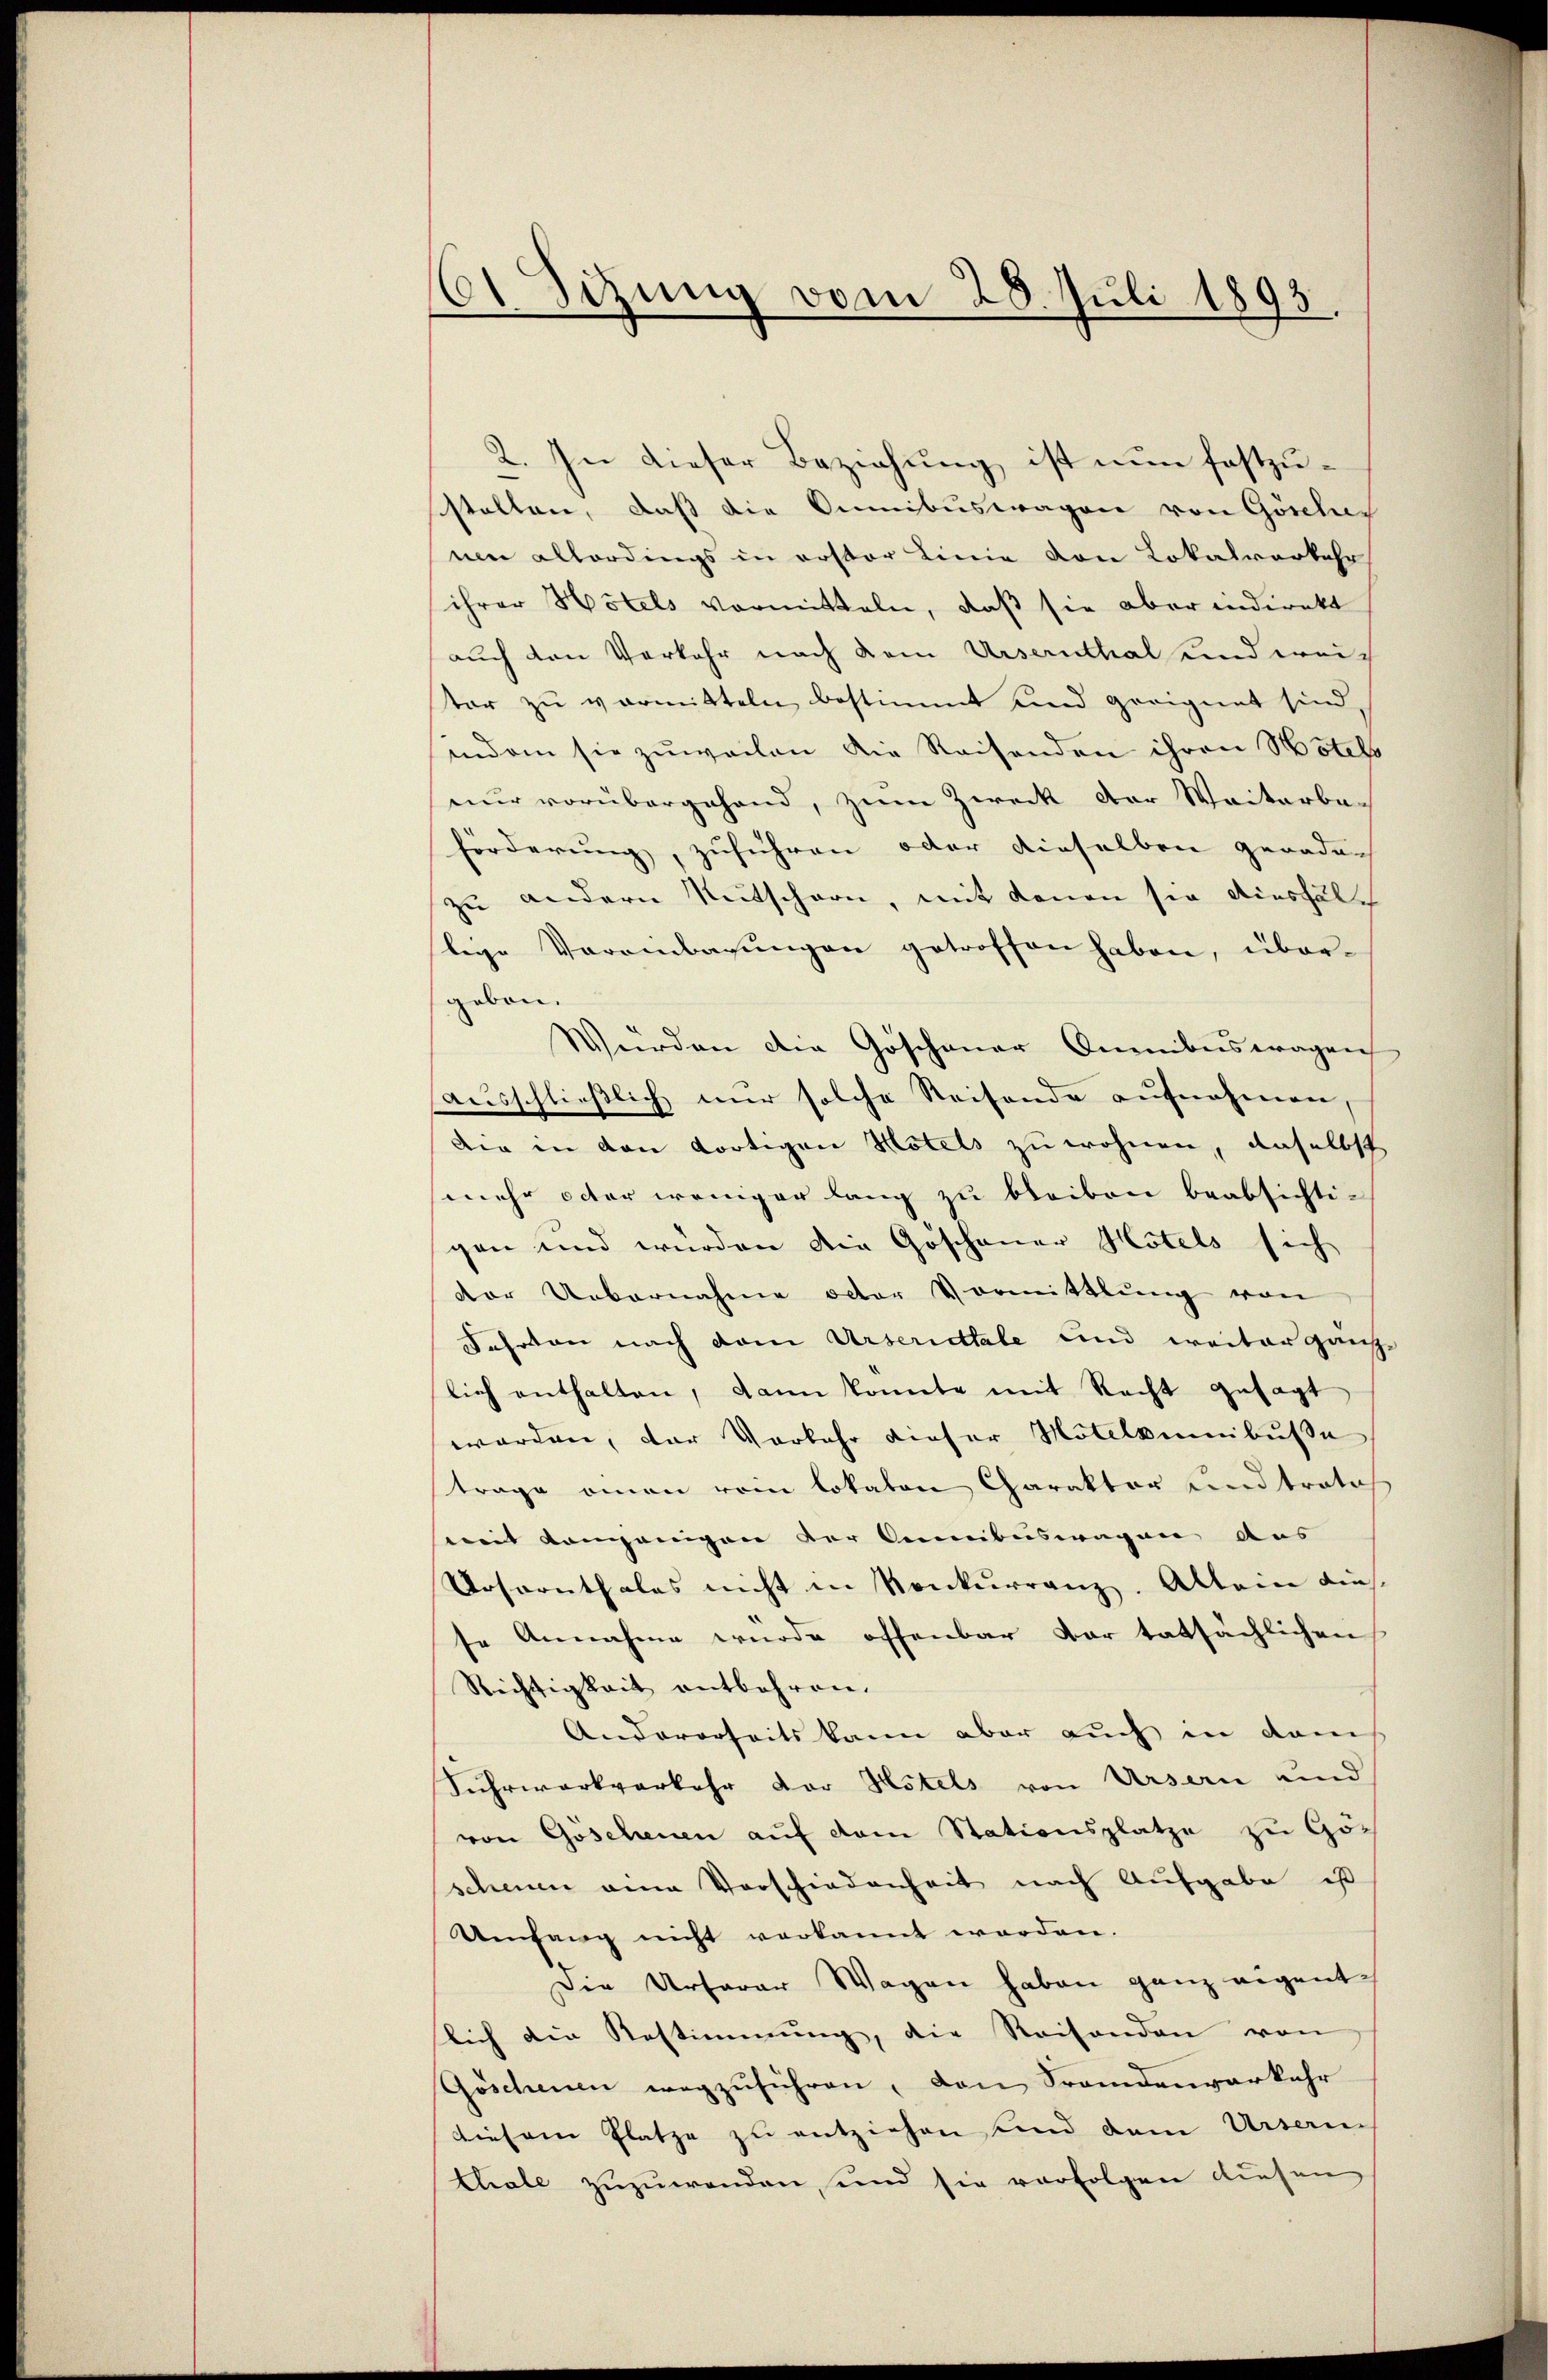
61 Sizung vom 28. Juli 1893

2. In dieser Beziehung ist nun festzustalten, daß die Omnibuswagen von Göschus
um allerdings in erster Linie von Lokalverkehr
ihrer Hotels vormitteln, daß sie aber indirekt
auch den Verkehr nach dem Ursernthal und weich
ster zu vormitteln bestimmt und geeignet sind,
indem sie zuweilen die Reisenden ihren Hotels
nur vorübergehend, zum Zweck der Weiterbe-
förderung, zuführen oder dieselben genaden
zu andern Mutschern, mit denen sie diesfällige Veranbarungen getroffen haben, übergeben.
Wurden die Göschauer Omnibuswagen
ausschließlich nur solche Reisende aufnahmen,
Die in von dortigen Hotels zu wohnen, daselbst
mehr oder weniger lang zu bleiben beabsichti-
gen und würden die Göschauer Hotels sich
der Uebernahme oder Vormittlung von
Fahrten nach dem Urseriettale und weiter ganze
lich enthalten, dann konnte mit Recht gesagt
werden, der Vorkehr dieser Motildimibuße
trage einen rein lokaten Charakter und trato
mit kompanigen der Aemibuswagen aus
Ursernthales nicht in Konkurranz. Allein diesse Annahme wurde offenbar dar tatsächlichen
Richtigkeit entbehren.
Andererseits kann aber auch in dem
Suhrwerkverkehr der Hotels von Ursern und
von Göschenen auf dem Stationsplatze zu Gö-
scheinen am Vorschiedenheit nach Aufgabe ist
Umfang nicht verkannt worden.
Die Urfarer Wagen haben ganz eigent-
lich die Restimmung, die Reisenden von
Göschenen wegzuführen, den Frandenverkehr
diesem Platze zu entziehen und dem Urserin
Chale zuzuwenden, und sie verfolgen diesen